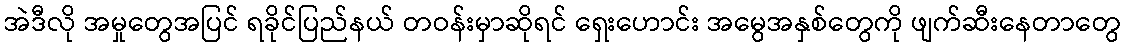
အဲဒီလို အမှုတွေအပြင် ရခိုင်ပြည်နယ် တဝန်းမှာဆိုရင် ရှေးဟောင်း အမွေအနှစ်တွေကို ဖျက်ဆီးနေတာတွေ